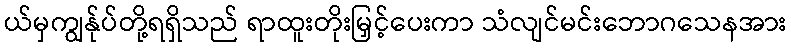
ယ်မှကျွန်ုပ်တို့ရရှိသည် ရာထူးတိုးမြှင့်ပေးကာ သံလျင်မင်းဘောဂသေနအား